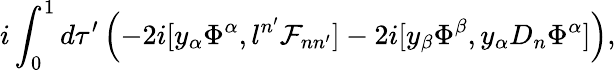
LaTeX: i\int_{0}^{1}d\tau^{\prime}\left(-2i[y_{\alpha}\Phi^{\alpha},l^{n^{\prime}}\mathcal{F}_{nn^{\prime}}]-2i[y_{\beta}\Phi^{\beta},y_{\alpha}D_{n}\Phi^{\alpha}]\right),